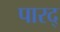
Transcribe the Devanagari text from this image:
पारद्